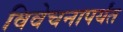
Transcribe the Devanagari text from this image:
विवेचनापर्यंत